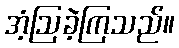
အံ့ဩခဲ့ကြသည်။